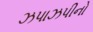
ઝપાઝપીનો